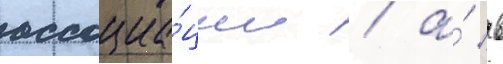
ассоциа́ции / а́ в